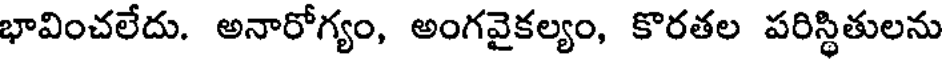
భావించలేదు. అనారోగ్యం, అంగవైకల్యం, కొరతల పరిస్థితులను